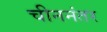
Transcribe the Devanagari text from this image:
चीननंतर